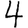
Digit: 4